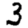
Digit: 3